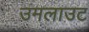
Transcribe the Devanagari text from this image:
उमलाउट